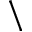
\backslash